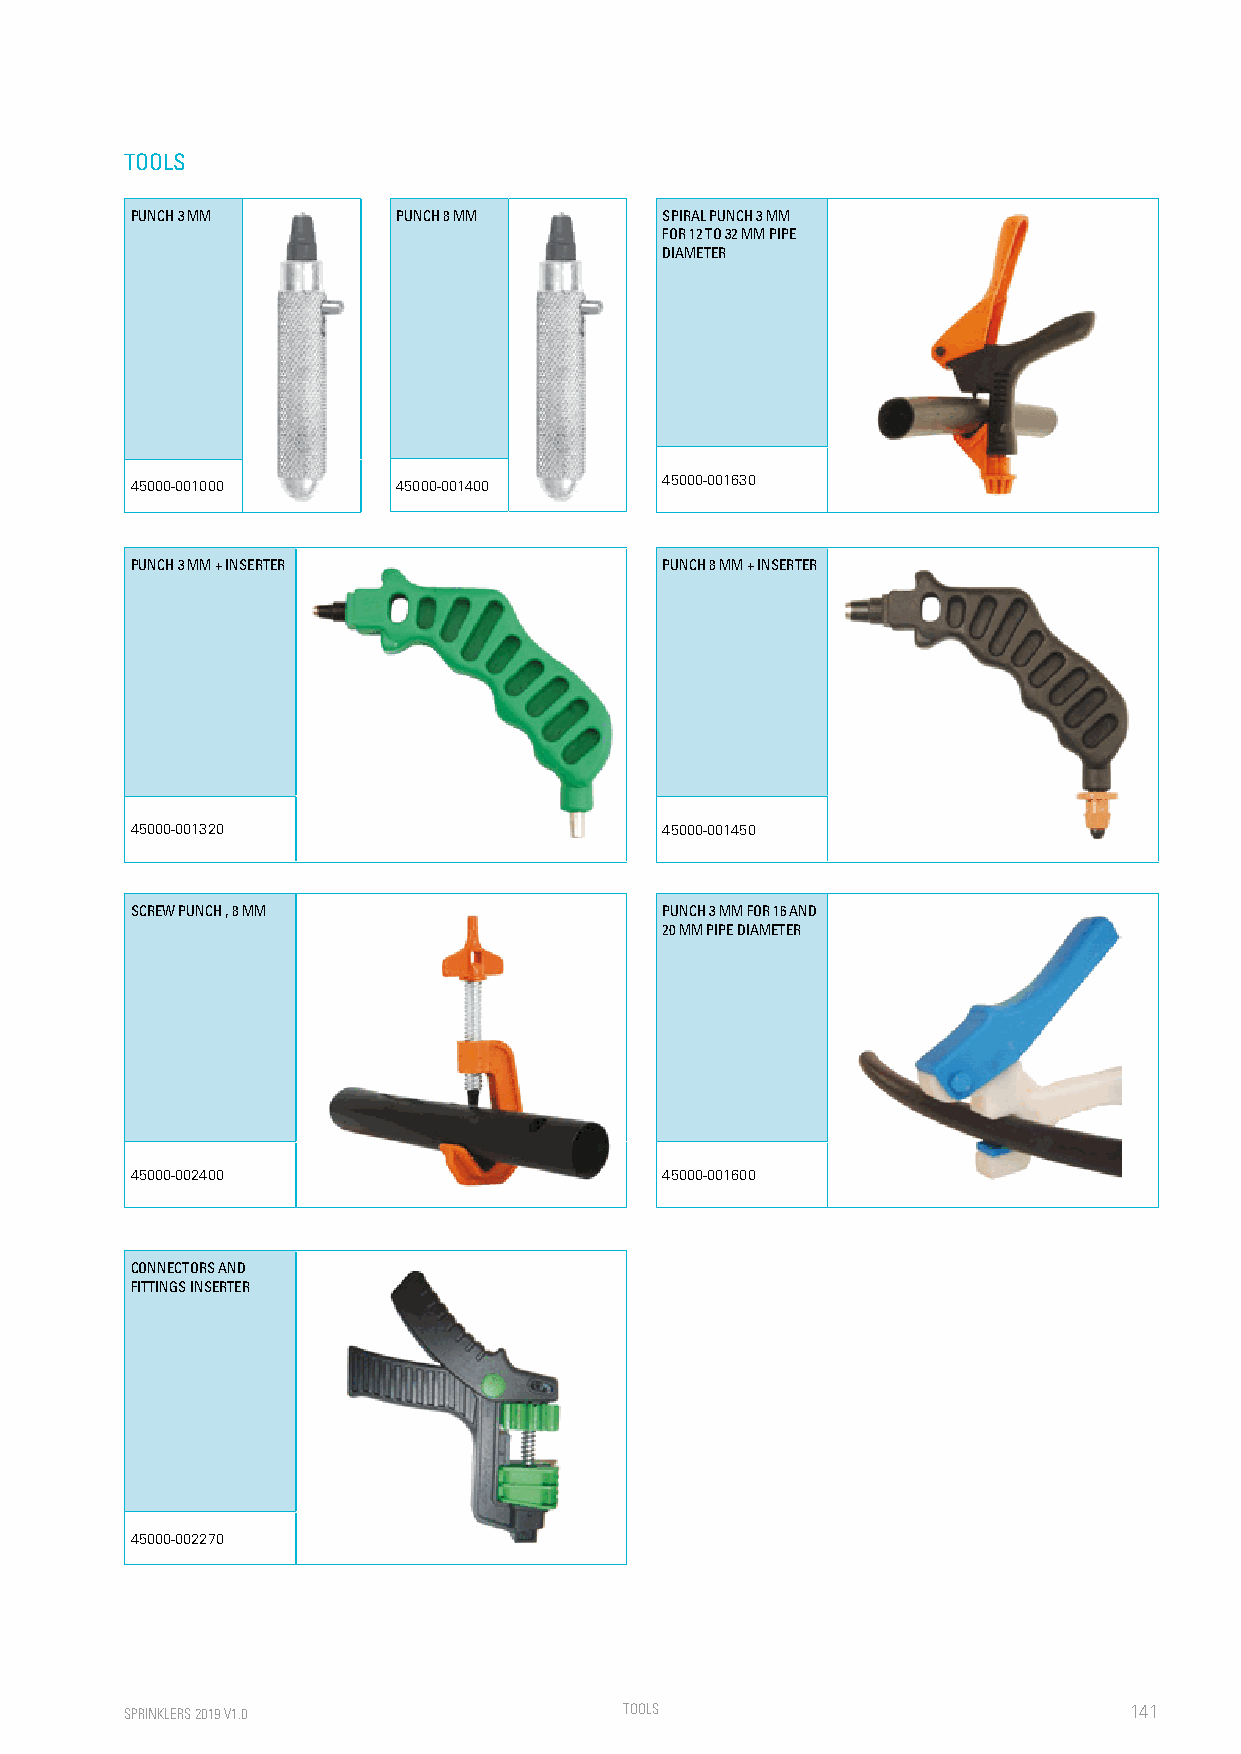
TOOLS
 PUNCH 3 MM       PUNCH 8 MM        SPIRAL PUNCH 3 MM
 FOR 12 TO 32 MM PIPE
 DIAMETER
 45000-001000     45000-001400      45000-001630
 PUNCH 3 MM + INSERTER              PUNCH 8 MM + INSERTER
 45000-001320                       45000-001450
 SCREW PUNCH , 8 MM                 PUNCH 3 MM FOR 16 AND
 20 MM PIPE DIAMETER
 45000-002400                       45000-001600
 CONNECTORS AND
 FITTINGS INSERTER
 45000-002270
 SPRINKLERS 2019 V1.0             TOO LS                            141